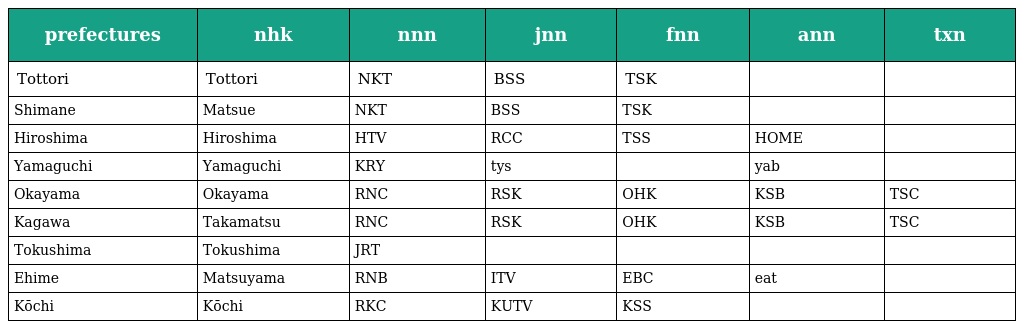
| prefectures | nhk | nnn | jnn | fnn | ann | txn |
 | --- | --- | --- | --- | --- | --- | --- |
 | Tottori | Tottori | NKT | BSS | TSK |  |  |
 | Shimane | Matsue | NKT | BSS | TSK |  |  |
 | Hiroshima | Hiroshima | HTV | RCC | TSS | HOME |  |
 | Yamaguchi | Yamaguchi | KRY | tys |  | yab |  |
 | Okayama | Okayama | RNC | RSK | OHK | KSB | TSC |
 | Kagawa | Takamatsu | RNC | RSK | OHK | KSB | TSC |
 | Tokushima | Tokushima | JRT |  |  |  |  |
 | Ehime | Matsuyama | RNB | ITV | EBC | eat |  |
 | Kōchi | Kōchi | RKC | KUTV | KSS |  |  |